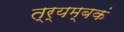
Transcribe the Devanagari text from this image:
त्र्यम्‍बकं